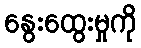
နွေးထွေးမှုကို